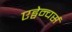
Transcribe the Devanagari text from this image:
एड्वेन्चर्स